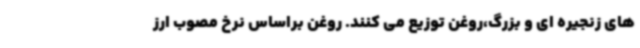
های زنجیره ای و بزرگ،روغن توزیع می کنند. روغن براساس نرخ مصوب ارز